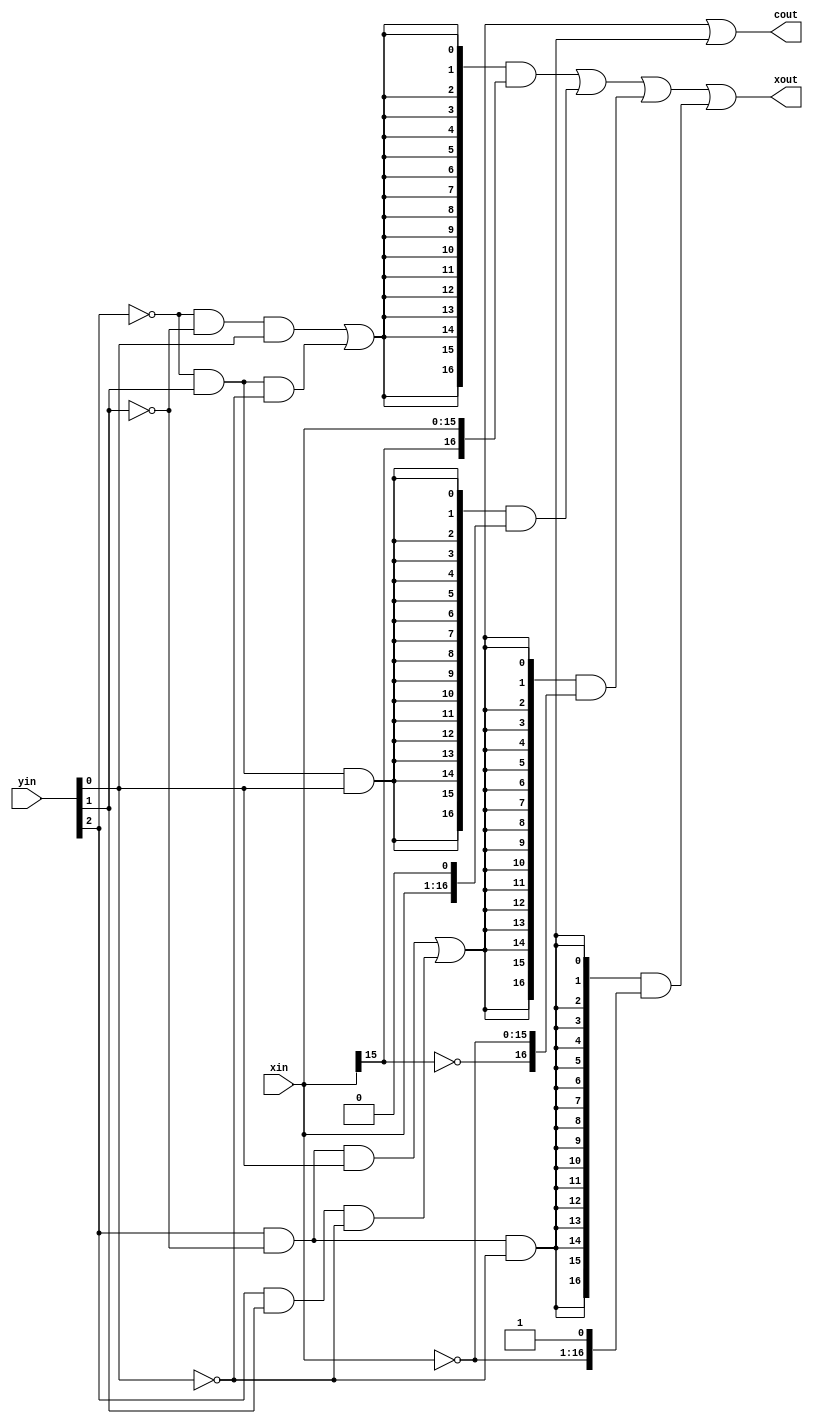
module booth_decoder (
    input  wire [15:0] xin ,  //  x
    input  wire [2:0]  yin ,  //  y3
    output wire        cout, // ""
    output wire [16:0] xout  // Booth
);

    //  y 

    wire x_add1 = (~yin[2] & ~yin[1] & yin[0]) | (~yin[2] & yin[1] & ~yin[0]);
    //  y = 001  (not y[2]) and (not y[1]) and y[0]

    wire x_add2 = (~yin[2] & yin[1] & yin[0]);
    //  y = 010  (not y[2]) and y[1] and y[0]

    wire x_sub2 = (yin[2] & ~yin[1] & ~yin[0]);
    //  y = 100  y[2] and (not y[1]) and (not y[0])

    wire x_sub1 = (yin[2] & ~yin[1] & yin[0]) | (yin[2] & yin[1] & ~yin[0]);
    //  y = 101  y[2] and (not y[1]) and y[0]  y[2] and y[1] and (not y[0])

    // 
    assign xout = {17{x_add1}} & {xin[15], xin} // 0
                | {17{x_add2}} & {xin[15:0], 1'b0}
                | {17{x_sub1}} & {~xin[15], ~xin}  // ""
                | {17{x_sub2}} & ({~xin[15:0], 1'b1}) 
                ;

    // 1
    assign cout = x_sub1 | x_sub2;

endmodule